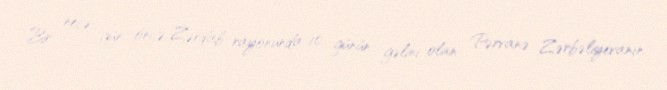
Bir neçə gün öncə Zərdab rayonunda 10 günün gəlini olan Pərvanə Zərbəliyevanın